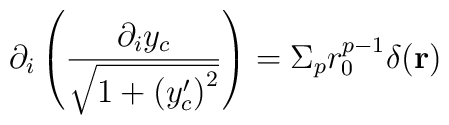
\partial_i \left(\frac{\partial_i y_c}{\sqrt{1 + \left(y^{\prime}_c\right)^2}}\right) = \Sigma_pr_0^{p-1}\delta ({\bf r})